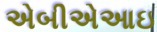
એબીએઆઇ